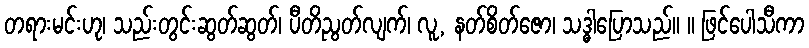
တရားမင်းဟု၊ သည်းတွင်းဆွတ်ဆွတ်၊ ပီတိညွတ်လျက်၊ လူ, နတ်စိတ်ဇော၊ သဒ္ဓါပြောသည်။ ။ ဖြင်ပေါသီကာ